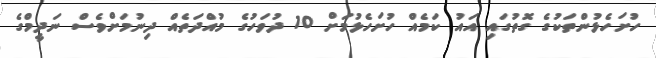
ހުށަހެޅުންތަކުގެ ގޮތުގައި އައު ކަމެއް ހުށަހެޅުމަށް 10 ދުވަހުގެ މުއްދަތެއް ދިނުމަށްވެސް ނަދީމްގެ